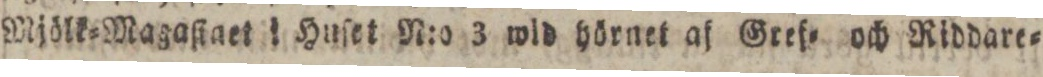
Mjölk=Magaſtaet Huſet N:o 3 wid hörnet af Gref= och Riddare=